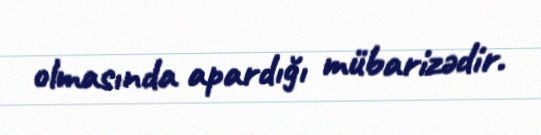
olmasında apardığı mübarizədir.